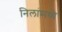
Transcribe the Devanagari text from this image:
निलांमध्ये